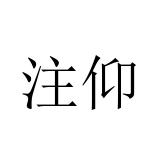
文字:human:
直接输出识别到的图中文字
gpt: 注仰